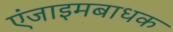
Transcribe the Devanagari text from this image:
एंजाइमबाधक